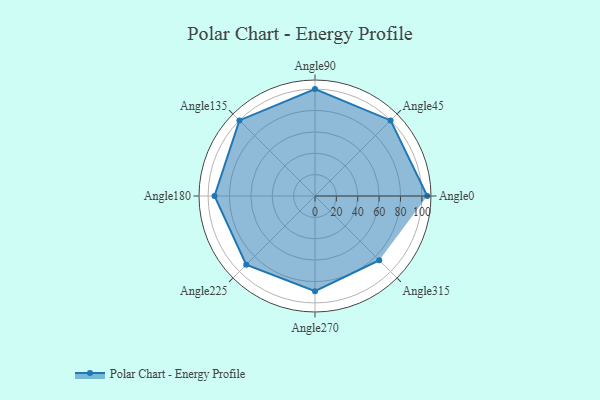
{"axis": {"x": "Angle", "y": "Radius"}, "legend": [""], "data": [{"x": "Angle0", "y": 105.0, "type": ""}, {"x": "Angle45", "y": 100.0, "type": ""}, {"x": "Angle90", "y": 100.0, "type": ""}, {"x": "Angle135", "y": 100.0, "type": ""}, {"x": "Angle180", "y": 94.0, "type": ""}, {"x": "Angle225", "y": 91.0, "type": ""}, {"x": "Angle270", "y": 89.0, "type": ""}, {"x": "Angle315", "y": 85.0, "type": ""}]}